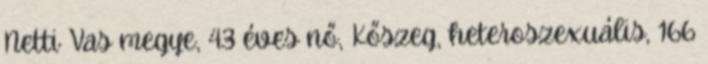
Netti Vas megye, 43 éves nő, Kőszeg, heteroszexuális, 166